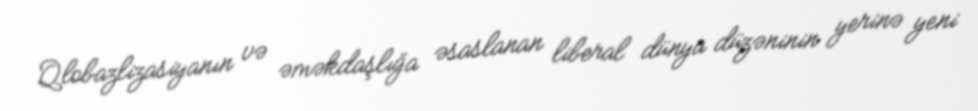
Qlobazlizasiyanın və əməkdaşlığa əsaslanan liberal dünya düzəninin yerinə yeni